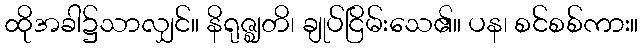
ထိုအခါ၌သာလျှင်။ နိရုဇ္ဈတိ၊ ချုပ်ငြိမ်းသေ၏။ ပန၊ စင်စစ်ကား။